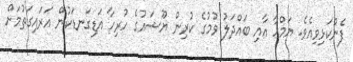
ފެންކަޅިވިއެވެ. ޔަމްހާ އާއި ބައްދަލު ވުމުގެ ކުރިން ޔޫޝައުގެ ހުރިހާ އަޑިގަނޑަކުން އަރައިގަތުމަށް